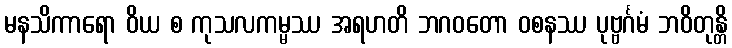
မနသိကာရော ဝိယ စ ကုသလကမ္မဿ အရဟတိ ဘဂဝတော ဝစနဿ ပုဗ္ဗင်္ဂမံ ဘဝိတုန္တိ